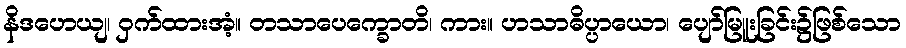
နိဒဟေယျ၊ ဝှက်ထားအံ့။ တသာပေက္ခောတိ၊ ကား။ ဟသာဓိပ္ပာယော၊ ပျော်မြူးခြင်း၌ဖြစ်သော